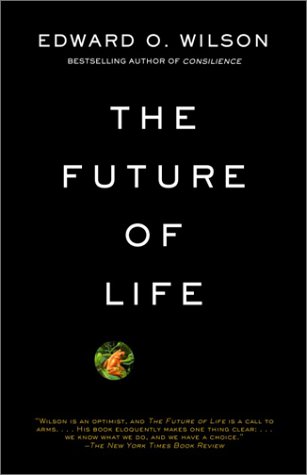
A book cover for The Future of Life; Edward O. Wilson; Science & Math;